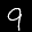
Label: 9